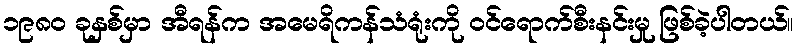
၁၉၈၀ ခုနှစ်မှာ အီရန်က အမေရိကန်သံရုံးကို ဝင်ရောက်စီးနင်းမှု ဖြစ်ခဲ့ပါတယ်။